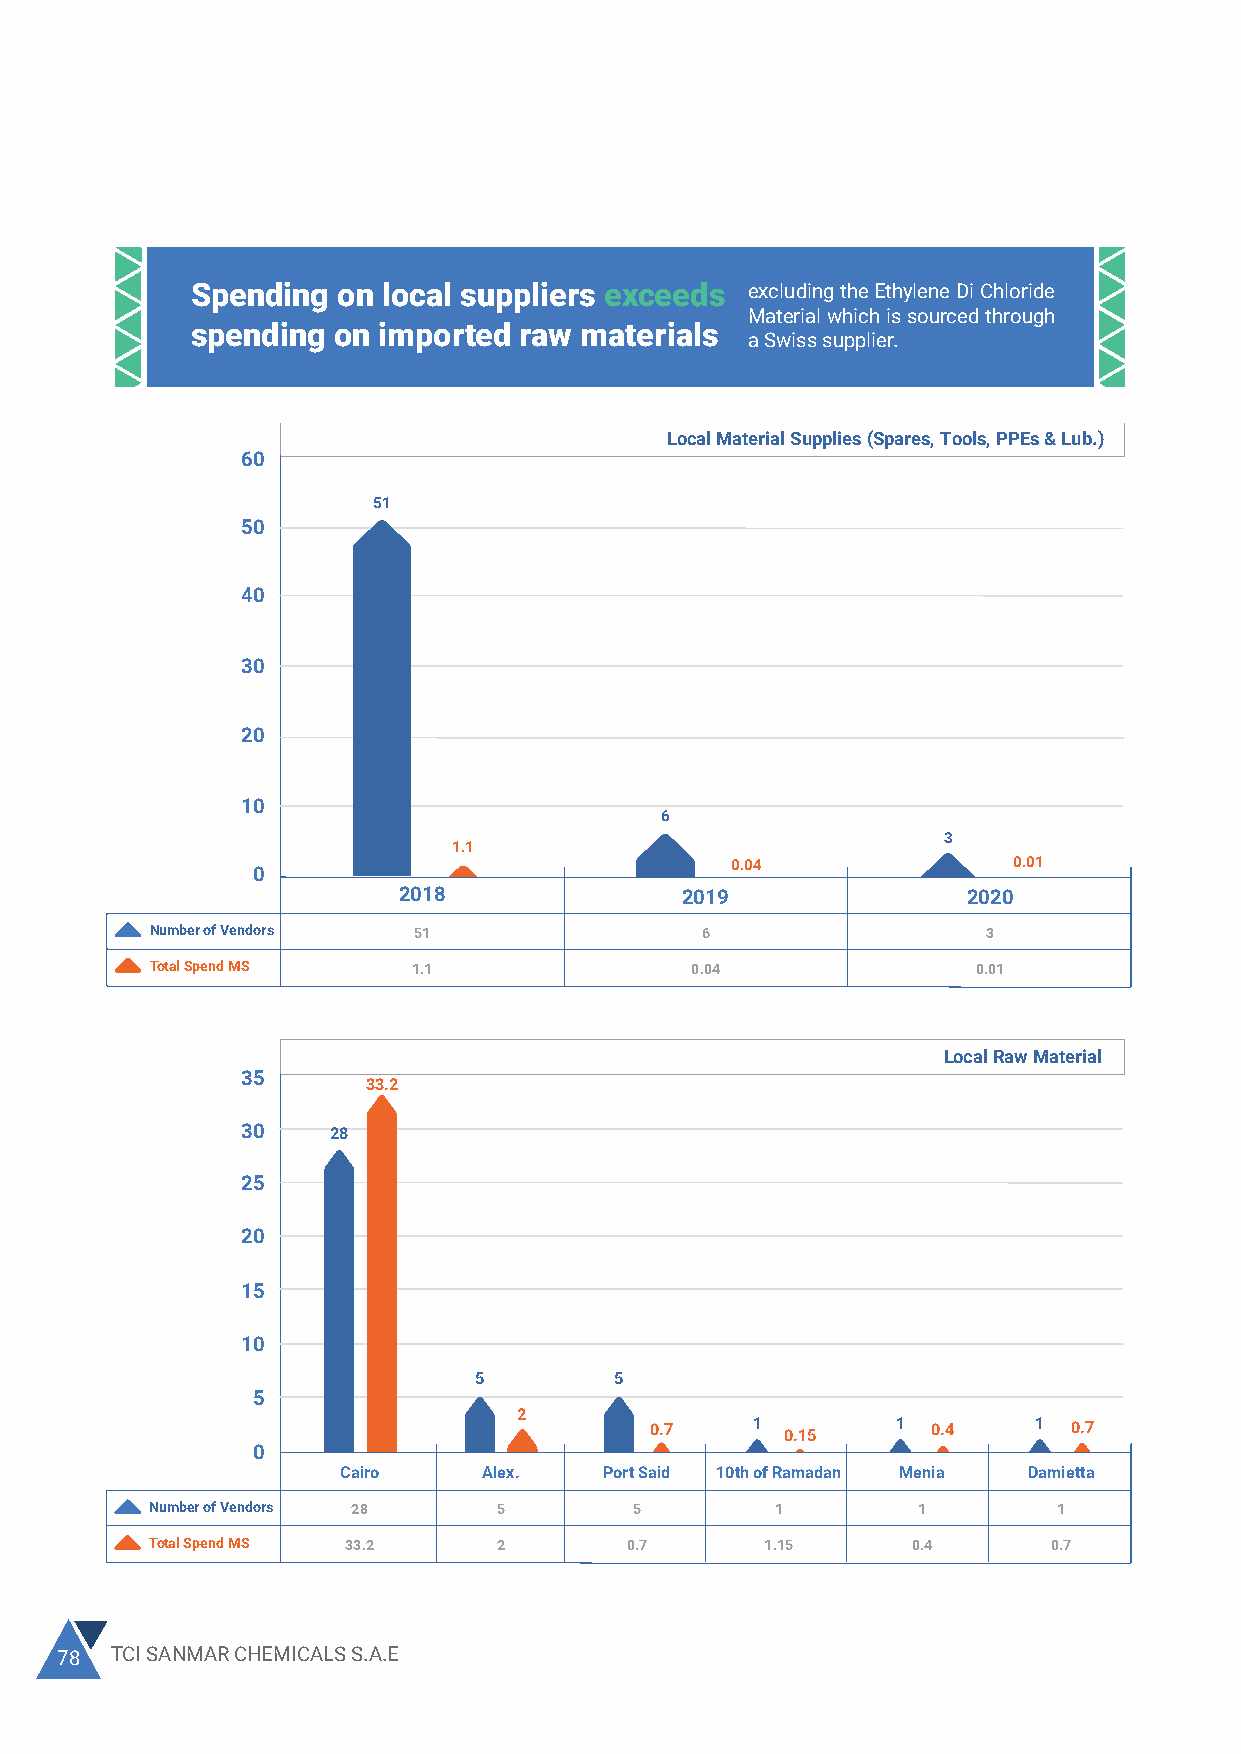
Imported Material Supplies (Spares, Tools & Lub.)
 I nSdpuesntrdiailng on local suppliers exceeds excluding the Ethylene Di Chloride     30
 Development                           Material which is sourced through               20
 spending on imported raw materials
 a Swiss supplier.
 20
 is
 10
 0
 Local Material Supplies (Spares, Tools, PPEs & Lub.)     .Bahr Gem. Fran. Engl. India Italy USA UAE Aust- Swiz- Leba- USA Russia
 60                                                                                                                      ralia erland non
 Number of Vendors 1 1 3 3   41  2   4    7   1   1   1    1   1
 51
 50                                                                          Total Spend MS 0.07 0.07 0.04 0.09 1.2 0.03 0.15 0.25 0.05 0.02 0.2 0.02 0.02
 40
 Imported Raw Material
 120
 101.2
 30                                                                               100
 80
 20
 60
 40
 10
 6
 3                                   20
 1.1               0.04               0.01                                2 2.3   3 1.2   1       4  0.4  1 1.3    1 2    1  0.2
 0                                                                                 0
 2018               2019               2020                                   Belgium  UAE     Swiss  German  France  Bahrain Thailand
 Number of Vendors 51                6                  3                          Number of Vendors 2  3       1       4       1       1       1
 Total Spend MS   1.1                0.04               0.01                       Total Spend MS 2.3  1.2     101.2   0.4     1.3      2      0.2
 Local Raw Material
 35
 33.2
 30    28
 25
 20
 15
 10
 5         5
 5
 2
 0.7    1 0.15   1  0.4   1  0.7
 0
 Cairo    Alex.   Port Said 10th of Ramadan Menia Damietta
 Number of Vendors 28   5        5        1         1        1
 Total Spend MS 33.2    2       0.7       1.15     0.4       0.7
 78 TCI SANMAR CHEMICALS S.A.E                                                                                                         2020 SUSTAINABILITY REPORT 79